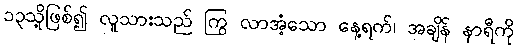
၁၃သို့ဖြစ်၍ လူသားသည် ကြွ လာအံ့သော နေ့ရက်၊ အချိန် နာရီကို